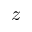
z